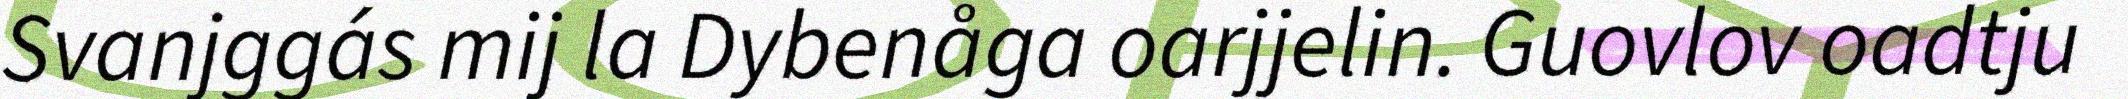
Svanjggás mij la Dybenåga oarjjelin. Guovlov oadtju